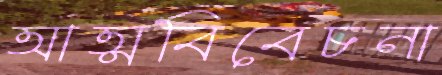
আত্মবিবেচনা